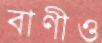
বাণীও